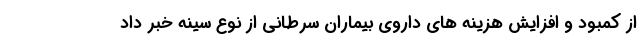
از کمبود و افزایش هزینه های داروی بیماران سرطانی از نوع سینه خبر داد